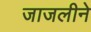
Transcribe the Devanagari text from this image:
जाजलीने